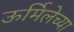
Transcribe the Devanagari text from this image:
ऊर्मिलेच्या